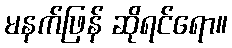
မနက်ဖြန် ဆိုရင်ရော။